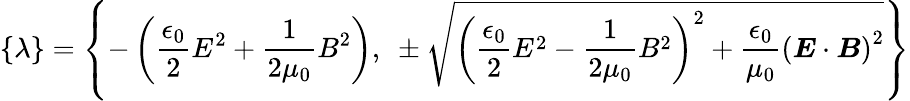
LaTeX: \{ \lambda\} =\left\{ -\left({\frac{\epsilon_{0}}{2}}E^{2}+{\frac{1}{2\mu_{0}}}B^{2}\right),~\pm{\sqrt{\left({\frac{\epsilon_{0}}{2}}E^{2}-{\frac{1}{2\mu_{0}}}B^{2}\right)^{2}+{\frac{\epsilon_{0}}{\mu_{0}}}\left({\boldsymbol{E}}\cdot{\boldsymbol{B}}\right)^{2}}}\right\}